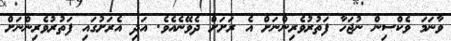
ވާނަމަ ވެކްސިން ނުޖަހާ ފަތުރުވެރިންނަށް އެ ރަށަށް ދެވޭނެއެވެ. އަދި އެރަށުގައި ފަތުރުވެރިންނަށް